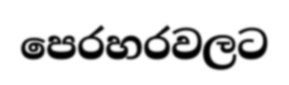
පෙරහරවලට